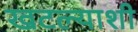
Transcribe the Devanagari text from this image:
खटल्याशी